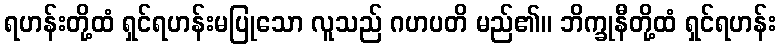
ရဟန်းတို့ထံ ရှင်ရဟန်းမပြုသော လူသည် ဂဟပတိ မည်၏။ ဘိက္ခုနီတို့ထံ ရှင်ရဟန်း